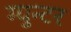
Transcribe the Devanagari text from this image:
ग्युन्टर